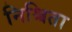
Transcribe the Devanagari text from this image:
निश्चिता